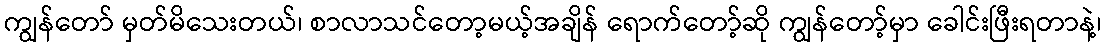
ကျွန်တော် မှတ်မိသေးတယ်၊ စာလာသင်တော့မယ့်အချိန် ရောက်တော့်ဆို ကျွန်တော့်မှာ ခေါင်းဖြီးရတာနဲ့၊